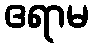
ဧရာမ